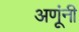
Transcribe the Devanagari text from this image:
अणूंनी